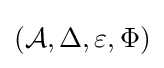
({\mathcal {A}},\Delta ,\varepsilon ,\Phi )